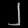
Digit: ၂